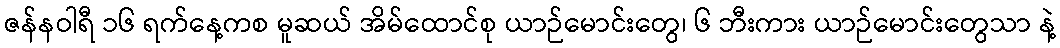
ဇန်နဝါရီ ၁၆ ရက်နေ့ကစ မူဆယ် အိမ်ထောင်စု ယာဉ်မောင်းတွေ၊ ၆ ဘီးကား ယာဉ်မောင်းတွေသာ နဲ့